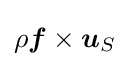
\rho {\boldsymbol {f}}\times {\boldsymbol {u}}_{S}